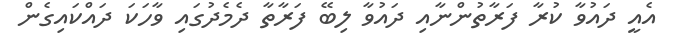
އެއީ ދައުވާ ކުރާ ފަރާތުންނާއި ދައުވާ ލިބޭ ފަރާތާ ދެމެދުގައި ވާހަކަ ދައްކައިގެން